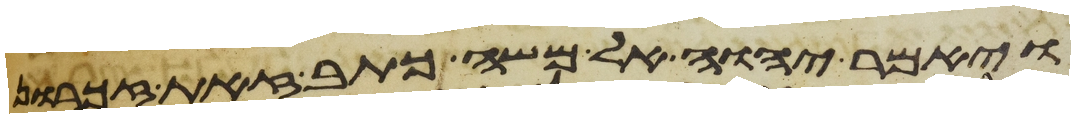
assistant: ויאמר יהוה אל משה כתב זאת זכרון